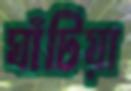
ঘাঁটিয়া